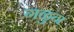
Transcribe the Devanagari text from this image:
गळुन